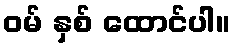
ဝမ် နှစ် ထောင်ပါ။